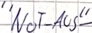
Text: "Not-Aus"